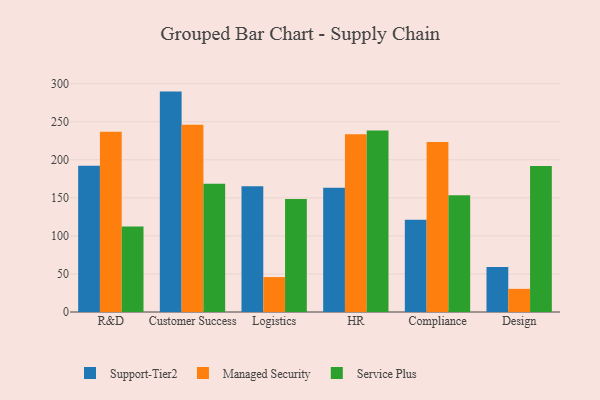
{"axis": {"x": "Department", "y": "Shipments"}, "legend": ["Managed Security", "Service Plus", "Support-Tier2"], "data": [{"x": "R&D", "y": 192.1, "type": "Support-Tier2"}, {"x": "R&D", "y": 236.9, "type": "Managed Security"}, {"x": "R&D", "y": 112.2, "type": "Service Plus"}, {"x": "Customer Success", "y": 289.6, "type": "Support-Tier2"}, {"x": "Customer Success", "y": 246.0, "type": "Managed Security"}, {"x": "Customer Success", "y": 168.5, "type": "Service Plus"}, {"x": "Logistics", "y": 165.2, "type": "Support-Tier2"}, {"x": "Logistics", "y": 45.9, "type": "Managed Security"}, {"x": "Logistics", "y": 148.6, "type": "Service Plus"}, {"x": "HR", "y": 163.2, "type": "Support-Tier2"}, {"x": "HR", "y": 233.4, "type": "Managed Security"}, {"x": "HR", "y": 238.4, "type": "Service Plus"}, {"x": "Compliance", "y": 121.3, "type": "Support-Tier2"}, {"x": "Compliance", "y": 223.4, "type": "Managed Security"}, {"x": "Compliance", "y": 153.3, "type": "Service Plus"}, {"x": "Design", "y": 59.2, "type": "Support-Tier2"}, {"x": "Design", "y": 30.4, "type": "Managed Security"}, {"x": "Design", "y": 191.8, "type": "Service Plus"}]}